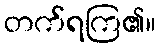
တက်ရကြ၏။